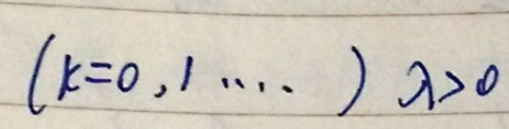
$(k = 0,1,\cdots)\ \lambda>0$